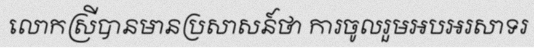
លោកស្រីបានមានប្រសាសន៍ថា ការចូលរួមអបអរសាទរ